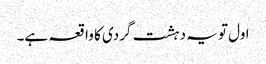
اول تو یہ دہشت گردی کا واقعہ ہے۔